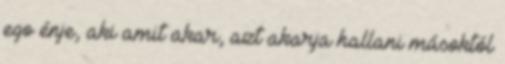
ego énje, aki amit akar, azt akarja hallani másoktól